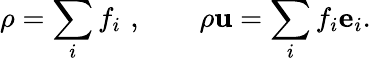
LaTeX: \rho=\sum_{i}f_{i}\, \, ,\qquad\rho\mathbf{u}=\sum_{i}f_{i}\mathbf{e}_{i}.